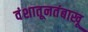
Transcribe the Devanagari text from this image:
वंशातूनतंबाखू